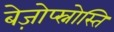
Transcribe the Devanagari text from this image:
बेज़ोप्स्नोस्ति